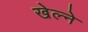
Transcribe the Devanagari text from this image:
खेल्ने